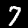
Label: 7